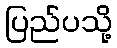
ပြည်ပသို့